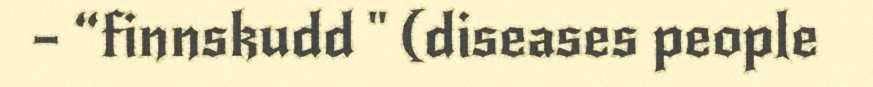
– “finnskudd " (diseases people